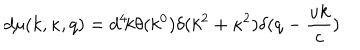
d \mu ( k , \kappa , q ) = d ^ { 4 } \! k \theta ( k ^ { 0 } ) \delta ( k ^ { 2 } + \kappa ^ { 2 } ) \delta ( q - \frac { u k } { c } )